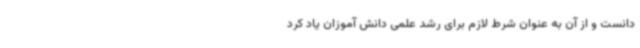
دانست و از آن به عنوان شرط لازم برای رشد علمی دانش آموزان یاد کرد